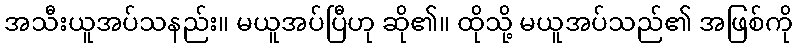
အသီးယူအပ်သနည်း။ မယူအပ်ပြီဟု ဆို၏။ ထိုသို့ မယူအပ်သည်၏ အဖြစ်ကို